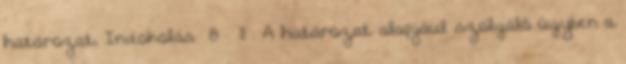
határozat, Indokolás 8 – 11 . A határozat alapjául szolgáló ügyben a